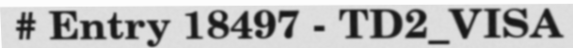
# Entry 18497 - TD2_VISA